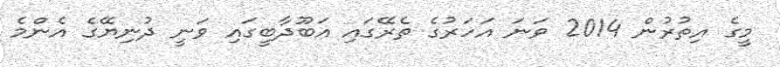
މީގެ އިތުރުން 2014 ވަނަ އަހަރުގެ ތެރޭގައި އަބޫދާބީގައި ވަނީ ދުނިޔޭގެ އެންމެ